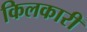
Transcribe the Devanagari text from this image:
किलकारी